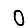
Digit: 0